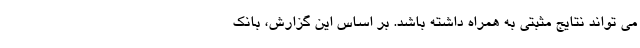
می تواند نتایج مثبتی به همراه داشته باشد. بر اساس این گزارش، بانک